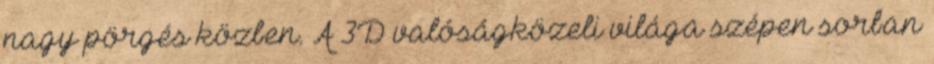
nagy pörgés közben. A 3D valóságközeli világa szépen sorban